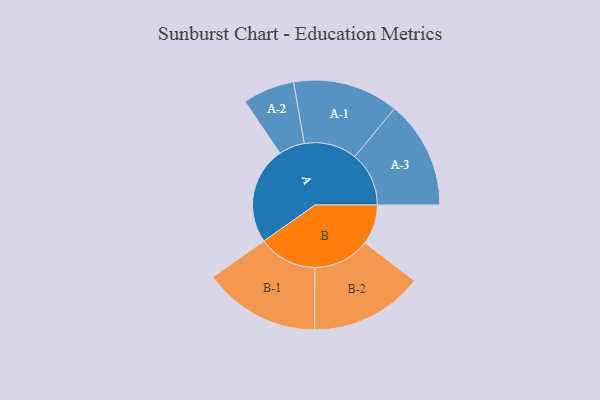
{"axis": {"x": "Segment", "y": "Value"}, "legend": ["", "A", "B"], "data": [{"x": "A", "y": 467, "type": ""}, {"x": "B", "y": 191, "type": ""}, {"x": "A-1", "y": 253, "type": "A"}, {"x": "A-2", "y": 124, "type": "A"}, {"x": "A-3", "y": 259, "type": "A"}, {"x": "B-1", "y": 280, "type": "B"}, {"x": "B-2", "y": 271, "type": "B"}]}